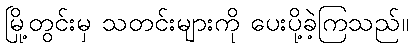
မြို့တွင်းမှ သတင်းများကို ပေးပို့ခဲ့ကြသည်။